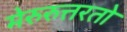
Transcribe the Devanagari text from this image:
मेरुरुत्तरतो